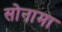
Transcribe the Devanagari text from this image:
सोनामा